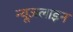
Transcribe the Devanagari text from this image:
न्यूज़लाइन